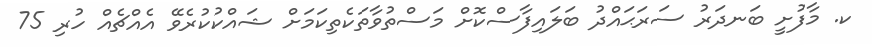
ކ. މާފުށީ ބަނދަރު ސަރަޙައްދު ބަލައިފާސްކޮށް މަސްތުވާތަކެތިކަމަށް ޝައްކުކުރެވޭ އެއްޗެއް ހުރި 75